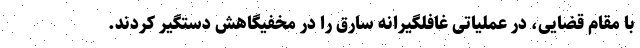
با مقام قضایی، در عملیاتی غافلگیرانه سارق را در مخفیگاهش دستگیر کردند.